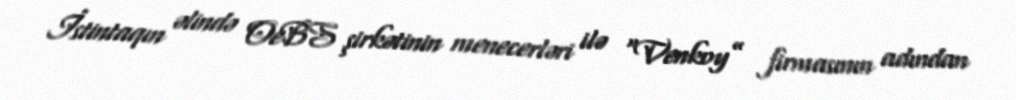
İstintaqın əlində OeBS şirkətinin menecerləri ilə “Venkoy” firmasının adından